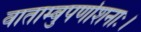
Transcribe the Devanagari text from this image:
वाताम्बुपर्णाशनाः।